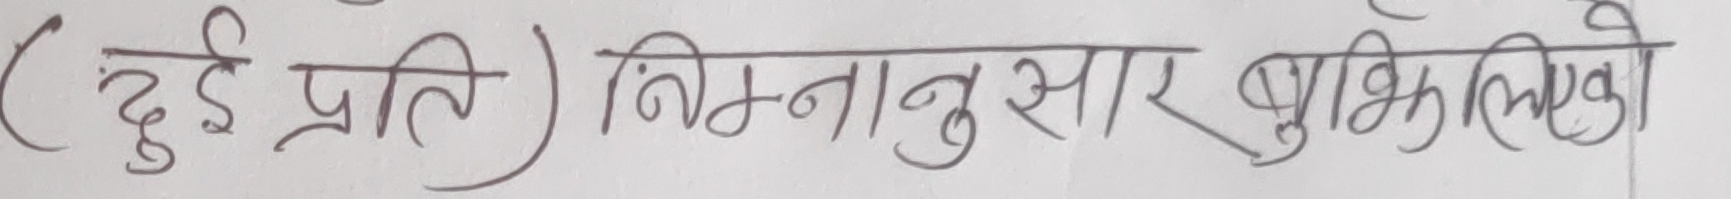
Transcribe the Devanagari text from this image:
( दुई प्रति) निम्नानुसार बुझिलिएको